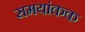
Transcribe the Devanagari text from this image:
समयांकक